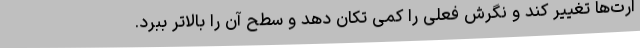
ارت‌ها تغییر کند و نگرش فعلی را کمی تکان دهد و سطح آن را بالاتر ببرد.